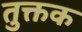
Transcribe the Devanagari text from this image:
तुक्तक